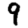
Digit: 9